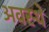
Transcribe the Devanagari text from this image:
अवस्थे